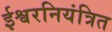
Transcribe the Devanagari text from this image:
ईश्वरनियंत्रित